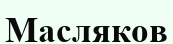
Масляков